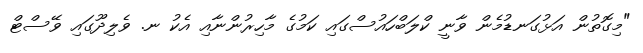
"މިގޮތުން އަޅުގަނޑުމެން ވާނީ ކްލަބްހައުސްގައި ކަމުގެ މާހިރުންނާއި އެކު ނ. ވެލިދޫގައި ވޭސްޓް